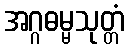
အဂ္ဂဓမ္မသုတ္တံ